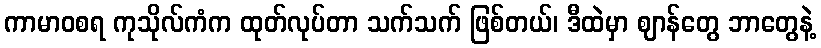
ကာမာဝစရ ကုသိုလ်ကံက ထုတ်လုပ်တာ သက်သက် ဖြစ်တယ်၊ ဒီထဲမှာ ဈာန်တွေ ဘာတွေနဲ့